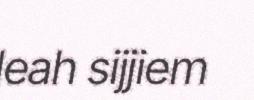
leah sijjiem